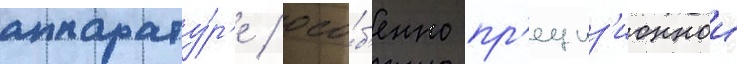
аппарату́р'е / осо́б'енно пр'ециз'ионнои